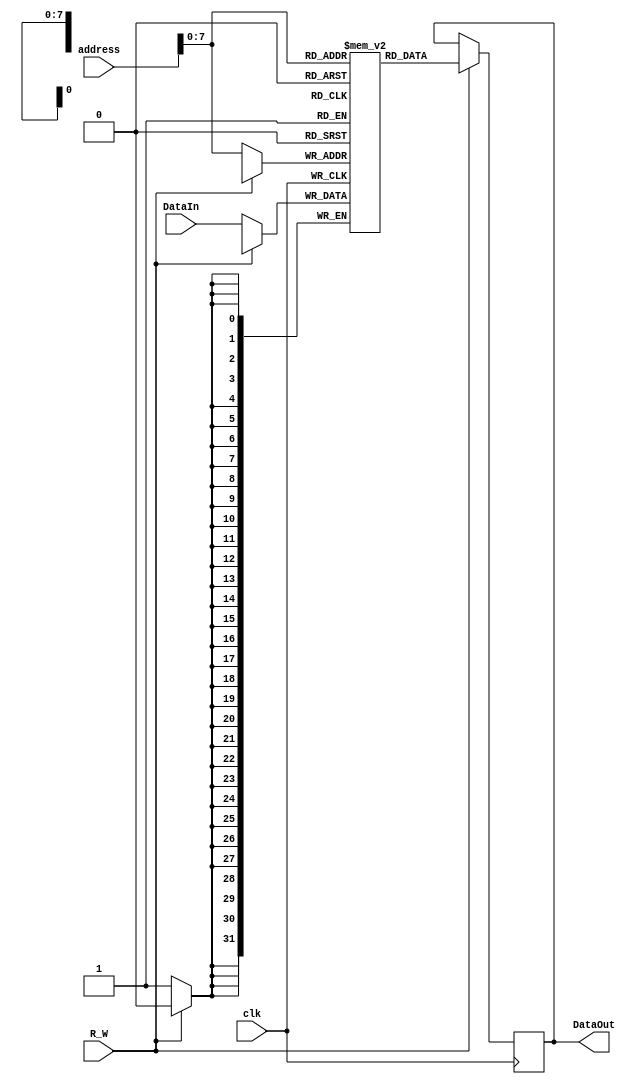
module Memory(address,DataIn,clk,R_W,DataOut);

	input [31:0] address; //32-bits to fetch Memory 256 rows(we used only 8-bits from 32-bits of address) with 32-bits word width
	input [31:0] DataIn; //Memory DataIn
	input clk; //Sequential clock
	input R_W; //1 to read, 0 to write
	output reg [31:0] DataOut; //Memory DataOut
	reg [31:0] MemReg [0:255]; //Memory 32-bits word width , 256 rows

	always@(posedge clk) 
          begin
		if(R_W) //if 1 read the data in Memory of current address 
                  DataOut<= MemReg[address]; 
                else //if 0 write the DataIn in MemoryRegister in current address
                  MemReg[address]<=DataIn;
          end
endmodule